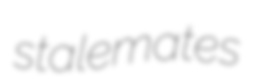
stalemates